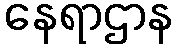
နေရာဌာန